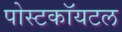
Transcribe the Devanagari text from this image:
पोस्टकॉयटल